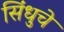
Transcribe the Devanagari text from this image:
सिंधुचे